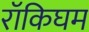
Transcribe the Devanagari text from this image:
रॉकिघम